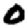
Digit: 0